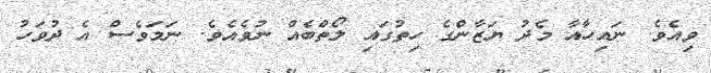
ވިއެވެ. ނައިހާއާ މެދު ޔަޒާންގެ ހިތުގައި ލޯތްބެއް ނުވެއެވެ. ނަމަވެސް އެ ދުވަހު